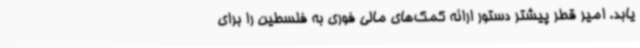
یابد. امیر قطر پیشتر دستور ارائه کمک‌های مالی فوری به فلسطین را برای